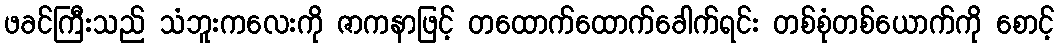
ဖခင်ကြီးသည် သံဘူးကလေးကို ဇာကနာဖြင့် တထောက်ထောက်ခေါက်ရင်း တစ်စုံတစ်ယောက်ကို စောင့်